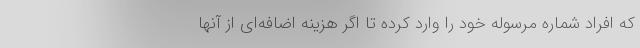
که افراد شماره مرسوله خود را وارد کرده تا اگر هزینه اضافه‌ای از آنها